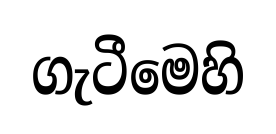
ගැටීමෙහි